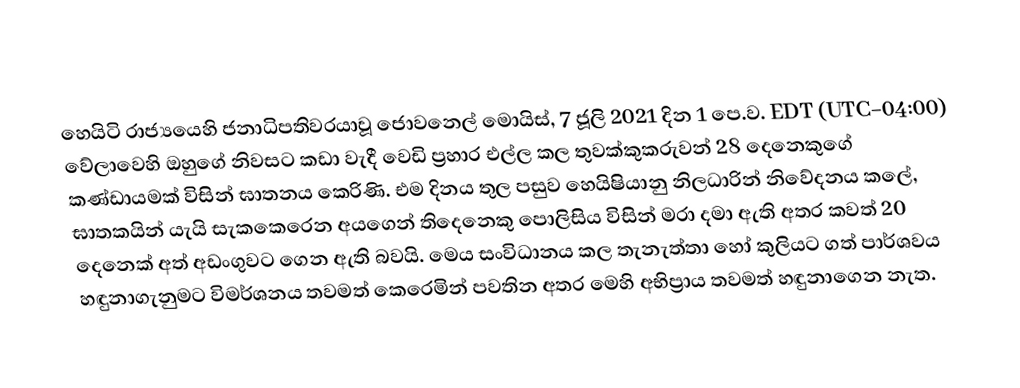
හෙයිටි රාජ්‍යයෙහි ජනාධිපතිවරයාවූ ජොවනෙල් මොයිස්, 7 ජූලි 2021 දින 1 පෙ.ව. EDT (UTC−04:00) වේලාවෙහි ඔහුගේ නිවසට කඩා වැදී වෙඩි ප්‍රහාර එල්ල කල තුවක්කුකරුවන් 28 දෙනෙකුගේ කණ්ඩායමක් විසින් ඝාතනය කෙරිණි. එම දිනය තුල පසුව හෙයිෂියානු නිලධාරින් නිවේදනය කලේ, ඝාතකයින් යැයි සැකකෙරෙන අයගෙන් තිදෙනෙකු පොලිසිය විසින්  මරා දමා ඇති අතර කවත් 20 දෙනෙක් අත් අඩංගුවට ගෙන ඇති බවයි. මෙය සංවිධානය කල තැනැත්තා හෝ කුලියට ගත් පාර්ශවය හඳුනාගැනුමට විමර්ශනය තවමත් කෙරෙමින් පවතින අතර මෙහි අභිප්‍රාය තවමත් හඳුනාගෙන නැත.